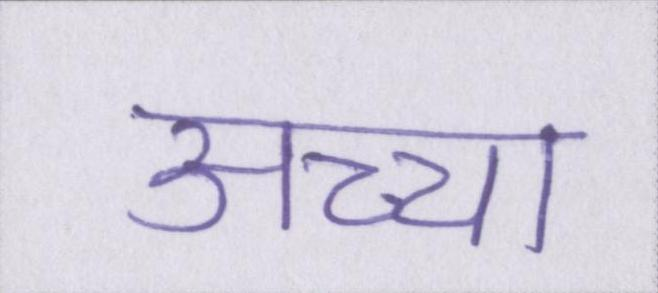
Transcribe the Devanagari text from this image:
अच्चा